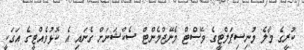
ކުރީގެ މާލެ މުނިސިޕަލްޓީގެ ވޭސްޓް މެނޭޖްމެންޓް ސެކްޝަނަށް ގެނައި އެ ކޮޅުވެއްޓީގެ އަގަކީ